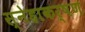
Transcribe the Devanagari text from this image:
स्नेहाकर्षण